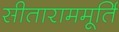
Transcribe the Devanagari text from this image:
सीताराममूर्ति